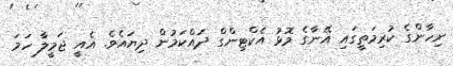
ނިހާންގެ ކުރިމަތީގައި އޭނާގެ މޮޅު އެކްޓިންގް ދައްކަމުން ދިޔައެވެ. އެއީ ޖަމީލާ ހަމަ